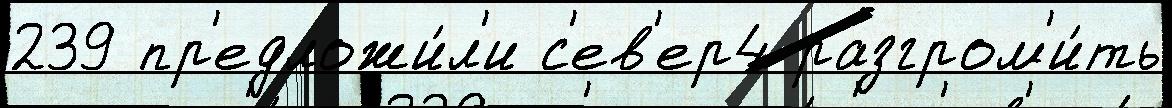
239 пр'едложи́л'и с'ев'ер4 разгром'и́ть